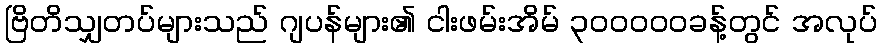
ဗြိတိသျှတပ်များသည် ဂျပန်များ၏ ငါးဖမ်းအိမ် ၃၀၀၀၀၀ခန့်တွင် အလုပ်